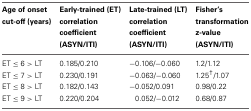
<table><thead><tr><td><b>Age of onset cut-off (years)</b></td><td><b>Early-trained (ET) correlation coefficient (ASYN/ITI)</b></td><td><b>Late-trained (LT) correlation coefficient (ASYN/ITI)</b></td><td><b>Fisher&#x27;s transformation z-value (ASYN/ITI)</b></td></tr></thead><tbody><tr><td>ET ≤ 6 &gt; LT</td><td>0.185/0.210</td><td>−0.106/−0.060</td><td>1.2/1.12</td></tr><tr><td>ET ≤ 7 &gt; LT</td><td>0.230/0.191</td><td>−0.063/−0.060</td><td>1.25<sup>†</sup>/1.07</td></tr><tr><td>ET ≤ 8 &gt; LT</td><td>0.182/0.143</td><td>−0.052/0.091</td><td>0.98/0.22</td></tr><tr><td>ET ≤ 9 &gt; LT</td><td>0.220/0.204</td><td>0.052/−0.012</td><td>0.68/0.87</td></tr></tbody></table>